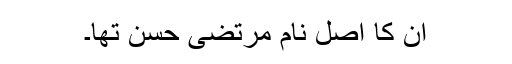
ان کا اصل نام مرتضیٰ حسن تھا۔